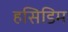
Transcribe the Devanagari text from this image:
हसिडिम